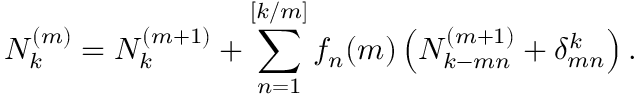
N _ { k } ^ { ( m ) } = N _ { k } ^ { ( m + 1 ) } + \sum _ { n = 1 } ^ { [ k / m ] } f _ { n } ( m ) \left( N _ { k - m n } ^ { ( m + 1 ) } + \delta _ { m n } ^ { k } \right) .